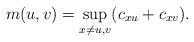
LaTeX: \begin{gather*}m(u, v)=\sup_{x \neq u, v} (c_{xu}+c_{xv}).\end{gather*}